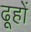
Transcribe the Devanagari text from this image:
ढूहों